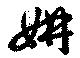
妍